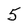
Character: 5